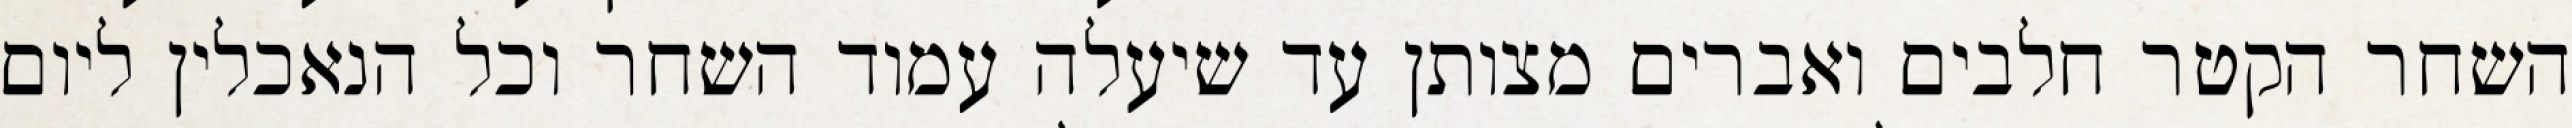
השחר הקטר חלבים ואברים מצותן עד שיעלה עמוד השחר וכל הנאכלין ליום